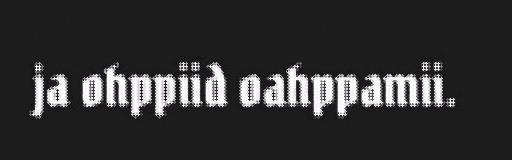
ja ohppiid oahppamii.